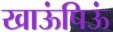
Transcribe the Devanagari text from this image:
खाऊंपिऊं